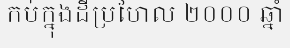
កប់ក្នុងដីប្រហែល ២០០០ ឆ្នាំ